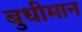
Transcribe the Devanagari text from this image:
बुधीमान